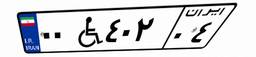
۰۰W۴۰۲۰۴